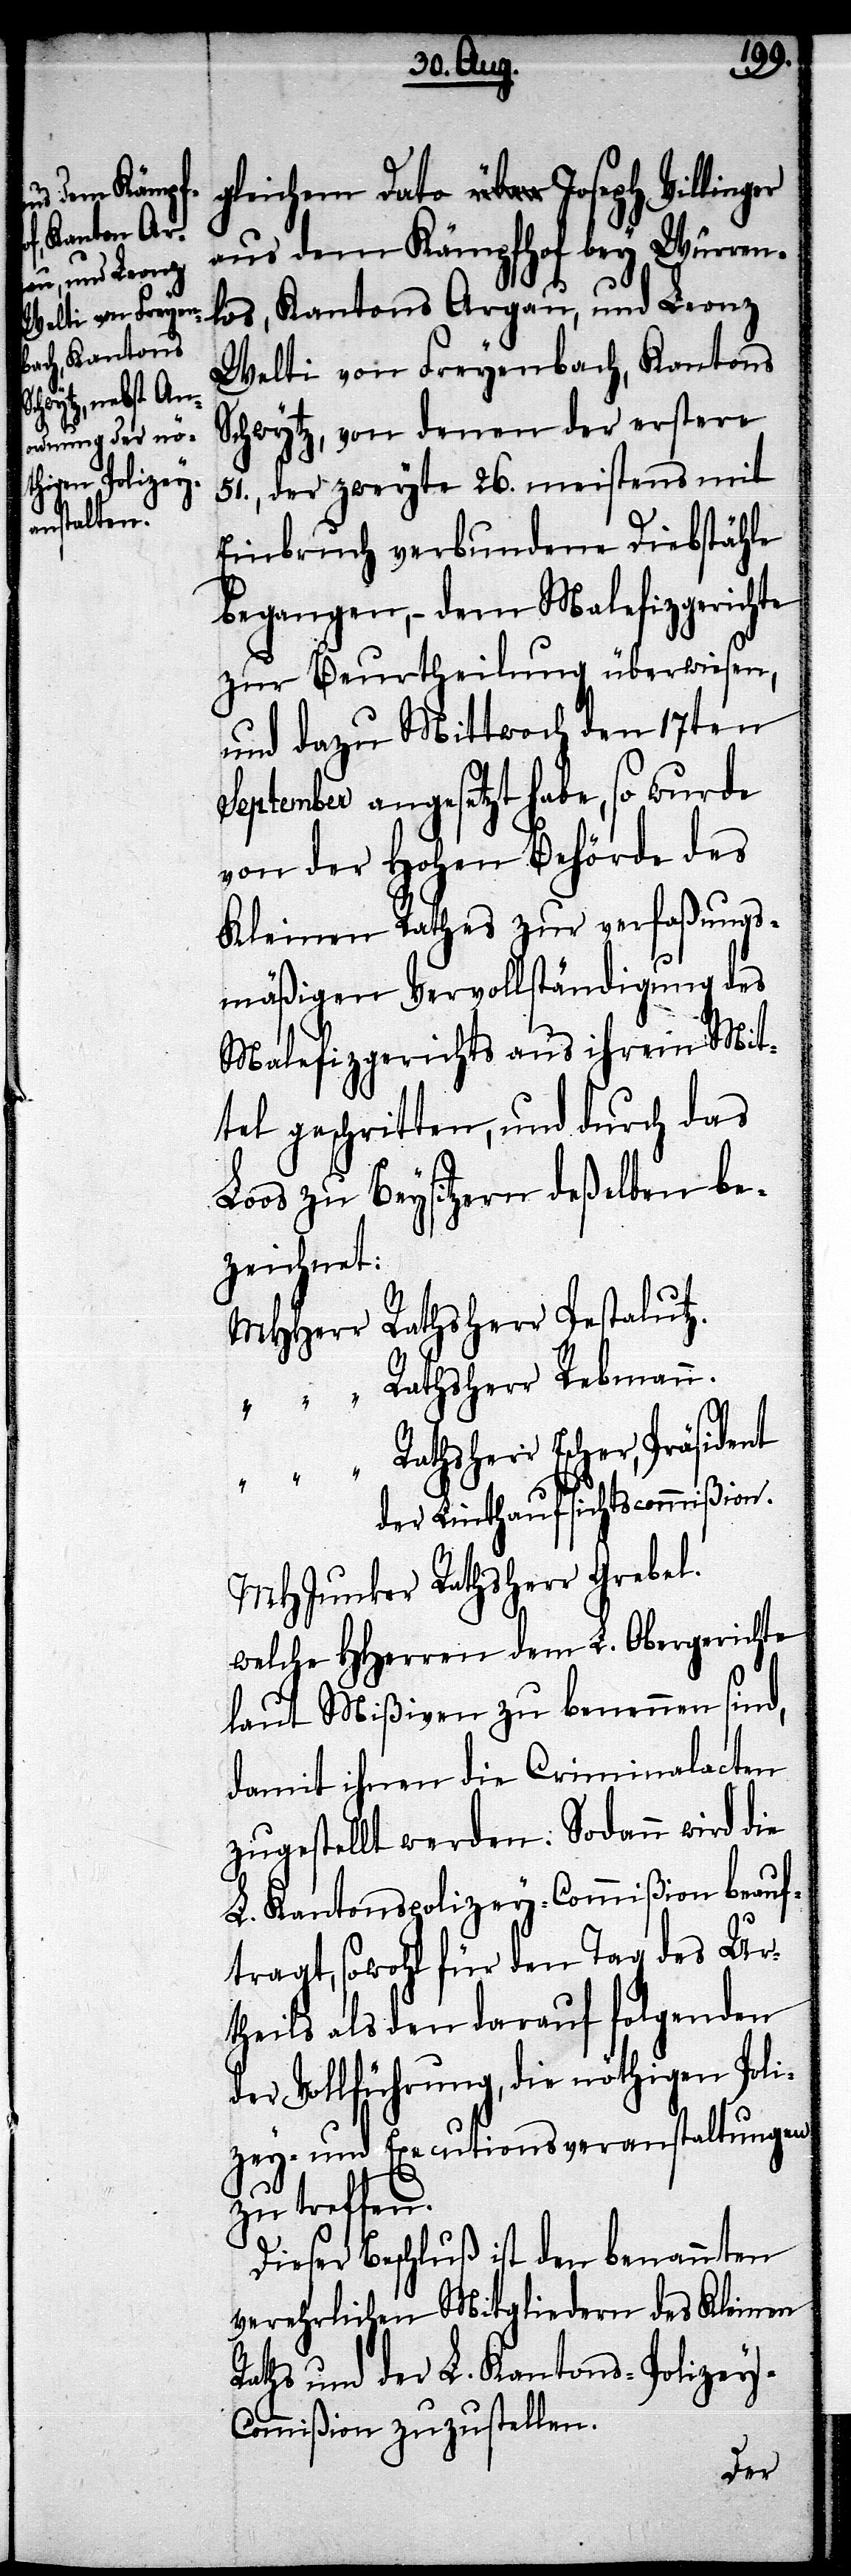
gleichem Dato Joseph Villinger
aus dem Kämpfhof bey Würren¬
los, Kantons Argau, und Leonz
Welti von Freyenbach, Kantons
Schwytz, von denen der erstere
51., der zweyte 26. meistens mit
Einbruch verbundene Diebstähle
begangen, – dem Malefizgerichte
zur Beurtheilung überwiesen,
und dazu Mittwoch den 17ten
September angesetzt habe, so wurde
von der Hohen Behörde des
Kleinen Rathes zur verfaßungs¬
mäßigen Vervollständigung des
Malefizgerichts aus ihrem Mit¬
tel geschritten, und durch das
Loos zu Beysitzern deßelben be¬
zeichnet:
MHHerr	Rathsherr Pestalutz.
Escher, Präsident
der Linthaufsichtscommißion.
MHJunker Rathsherr Grebel.
welche HHerren dem L. Obergerichte
laut Mißiven zu benennen sind,
damit ihnen die Criminalacten
zugestellt werden. Sodann wird die
L. Kantonspolizey-Commißion beauf¬
tragt, sowohl für den Tag des Ur¬
theils als den darauf folgenden
der Vollführung, die nöthigen Poli¬
zey- und Executionsveranstaltungen
zu treffen.
Dieser Beschluß ist den benannten
verehrlichen Mitgliedern des Kleinen
Raths und der L. Kantons-Polizey-C¬
ommißion zuzustellen.